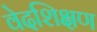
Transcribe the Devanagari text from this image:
वेदशिक्षण